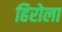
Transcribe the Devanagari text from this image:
हिरोला